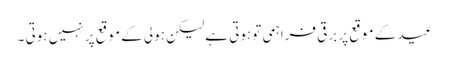
عید کے موقع پر برقی فراہمی تو ہوتی ہے لیکن ہولی کے موقع پر نہیں ہوتی ۔